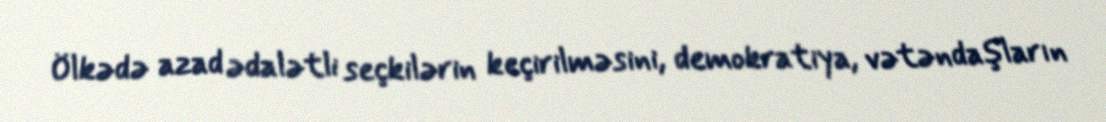
Ölkədə azad ədalətli seçkilərin keçirilməsini, demokratiya, vətəndaşların